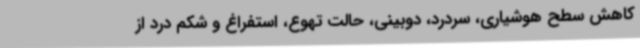
کاهش سطح هوشیاری، سردرد، دوبینی، حالت تهوع، استفراغ و شکم درد از